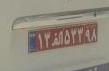
۱۳ا۵۳۳۹۸